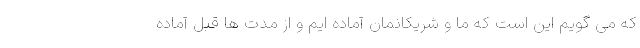
که می گویم این است که ما و شریکانمان آماده ایم و از مدت ها قبل آماده